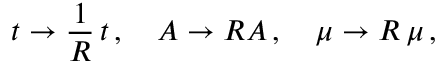
t \rightarrow \frac { 1 } { R } \, t \, , \quad A \rightarrow R A \, , \quad \mu \rightarrow R \, \mu \, ,